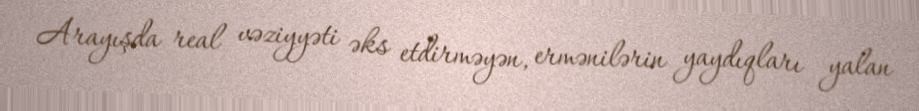
Arayışda real vəziyyəti əks etdirməyən, ermənilərin yaydıqları yalan